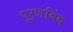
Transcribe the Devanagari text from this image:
पूर्णबिंब